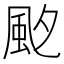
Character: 𩖡